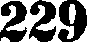
229